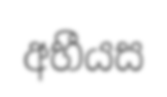
අභීයස